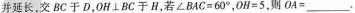
并延长，交BC于D，0H⊥BC于H，若$$∠ B A C = 6 0 °$$，$$O H = 5$$，则$$O A =$$___.